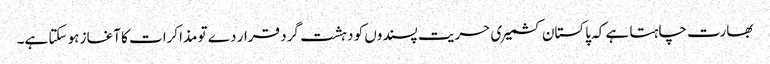
بھارت چاہتا ہے کہ پاکستان کشمیری حریت پسندوں کو دہشت گرد قرار دے تو مذاکرات کا آغاز ہو سکتا ہے۔